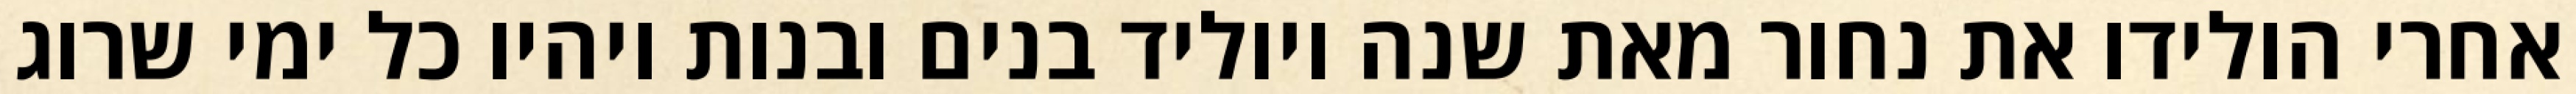
אחרי הולידו את נחור מאת שנה ויוליד בנים ובנות ויהיו כל ימי שרוג